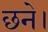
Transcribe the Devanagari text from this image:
छने।